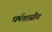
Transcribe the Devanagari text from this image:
धर्मशास्रीय